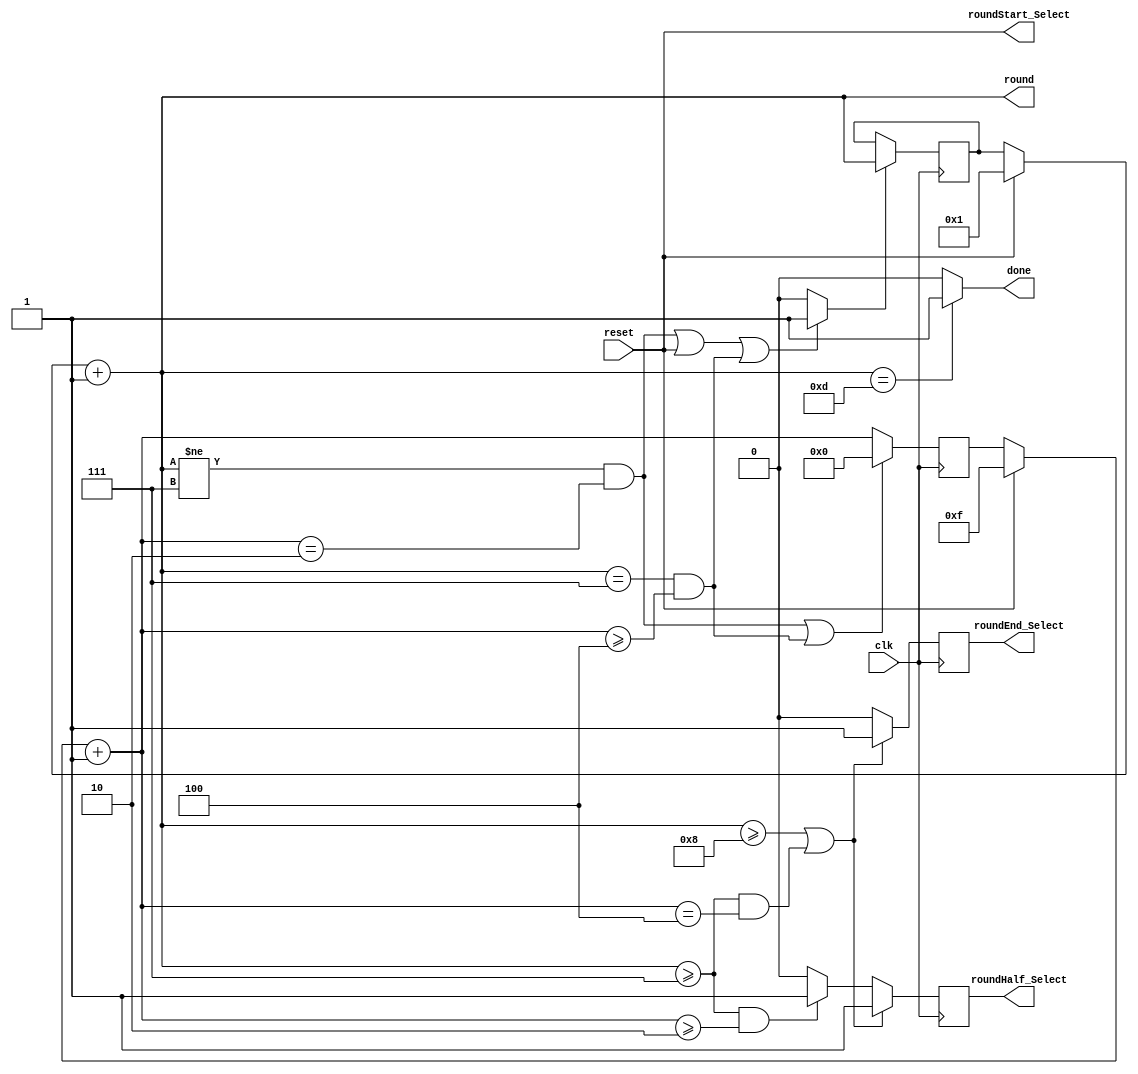
/*
* -----------------------------------------------------------------
* DOCUMENT: "Low-Latency and Low-Randomness Second-Order Masked Cubic Functions", TCHES 2023, Issue 1.
* -----------------------------------------------------------------
*
* Copyright (c) 2021, Aein Rezaei Shahmirzadi
*
* All rights reserved.
*
* THIS SOFTWARE IS PROVIDED BY THE COPYRIGHT HOLDERS AND CONTRIBUTORS "AS IS" AND
* ANY EXPRESS OR IMPLIED WARRANTIES, INCLUDING, BUT NOT LIMITED TO, THE IMPLIED
* WARRANTIES OF MERCHANTABILITY AND FITNESS FOR A PARTICULAR PURPOSE ARE
* DISCLAIMED. IN NO EVENT SHALL THE COPYRIGHT HOLDER OR CONTRIBUTERS BE LIABLE FOR ANY
* DIRECT, INDIRECT, INCIDENTAL, SPECIAL, EXEMPLARY, OR CONSEQUENTIAL DAMAGES
* (INCLUDING, BUT NOT LIMITED TO, PROCUREMENT OF SUBSTITUTE GOODS OR SERVICES;
* LOSS OF USE, DATA, OR PROFITS; OR BUSINESS INTERRUPTION) HOWEVER CAUSED AND
* ON ANY THEORY OF LIABILITY, WHETHER IN CONTRACT, STRICT LIABILITY, OR TORT
* (INCLUDING NEGLIGENCE OR OTHERWISE) ARISING IN ANY WAY OUT OF THE USE OF THIS
* SOFTWARE, EVEN IF ADVISED OF THE POSSIBILITY OF SUCH DAMAGE.
*
* Please see LICENSE and README for license and further instructions.
*/
module Controller(
    input clk,
    input reset,
    output reg [3:0] round,
    output roundStart_Select,
    output reg roundHalf_Select,
    output reg roundEnd_Select,
    output reg done
    );
	 
	 parameter Sbox_stages = 2;
    
    reg [3:0] PerRoundCounter;
    reg [3:0] RoundCounterMux;
    reg [3:0] RoundCounterPlusOne;
    reg [3:0] RoundCounterReg;
    reg  RoundCounterEN;
    

    reg [3:0] PerRoundCounterMux;
    reg [3:0] PerRoundCounterPlusOne;
    reg [3:0] PerRoundCounterReg;
    
    always @(*) begin
        
        if(reset) begin
            RoundCounterMux = 1;
        end
        else begin
            RoundCounterMux = RoundCounterReg;
        end

        if((RoundCounterPlusOne != 7 && PerRoundCounterPlusOne == Sbox_stages) || reset == 1 || (RoundCounterPlusOne == 7 && PerRoundCounterPlusOne >= Sbox_stages*2)) begin
            RoundCounterEN = 1;
        end
        else begin
            RoundCounterEN = 0;
        end

        
        RoundCounterPlusOne = RoundCounterMux + 1;
        round = RoundCounterPlusOne;
    end
    
    always @(posedge clk) begin
        if(RoundCounterEN) begin
            RoundCounterReg <= RoundCounterPlusOne;
        end
    end
    
    //-------------------------------------------
    
    always @(*) begin
        
        if(reset) begin
            PerRoundCounterMux = 4'd15;
        end
        else begin
            PerRoundCounterMux = PerRoundCounterReg;
        end
        
        PerRoundCounterPlusOne = PerRoundCounterMux + 1;

    end
    
    always @(posedge clk) begin
        if((RoundCounterPlusOne != 7 && PerRoundCounterPlusOne == Sbox_stages) || (RoundCounterPlusOne == 7 && PerRoundCounterPlusOne >= Sbox_stages*2))
            PerRoundCounterReg <= 0;
        else 
            PerRoundCounterReg <= PerRoundCounterPlusOne;
    end
    
    
    assign roundStart_Select = reset;
    
    always @(posedge clk) begin

        roundHalf_Select <= 0;
        roundEnd_Select <= 0;

        if((RoundCounterPlusOne >= 7 && PerRoundCounterPlusOne >= Sbox_stages)) begin
            roundHalf_Select <= 1;
        end
        if(RoundCounterPlusOne >= 8 || (RoundCounterPlusOne >= 7 && PerRoundCounterPlusOne == Sbox_stages*2)) begin
            roundEnd_Select <= 1;
				roundHalf_Select <= 1;
        end

    end
    always @(*) begin
        done = 0;
        if(RoundCounterPlusOne == 4'hd) begin
            done = 1;
        end
    end
endmodule